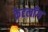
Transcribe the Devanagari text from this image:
कैटलाँग